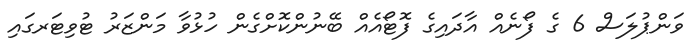
ވަންޕުލަސް 6 ގެ ފޯނެއް އާދައިގެ ފޮޓޯއެއް ބޭނުންކޮށްގެން ހުޅުވާ މަންޒަރު ޓުވިޓަރގައި